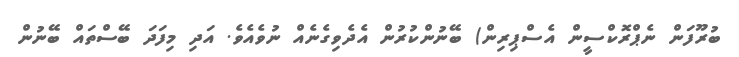
ބުރޫފަން ނެޕްރޮކްސީން އެސްޕިރިން) ބޭނުންކުރުން އެދެވިގެނެއް ނުވެއެވެ. އަދި މިފަދަ ބޭސްތައް ބޭނުން